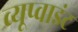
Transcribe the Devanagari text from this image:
व्यूप्वाइंट